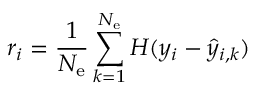
r _ { i } = \frac { 1 } { N _ { \mathrm { e } } } \sum _ { k = 1 } ^ { N _ { \mathrm { e } } } H ( y _ { i } - \hat { y } _ { i , k } )